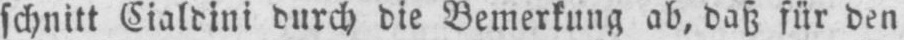
durch die Bemerkung ab, daß für den